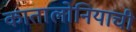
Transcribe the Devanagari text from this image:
कातालोनियाची